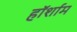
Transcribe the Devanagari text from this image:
हॉर्शाम